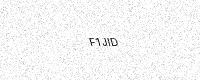
Text: F1JID